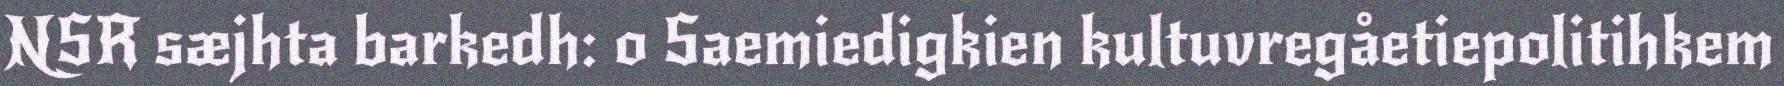
NSR sæjhta barkedh: o Saemiedigkien kultuvregåetiepolitihkem